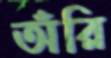
অঁরি